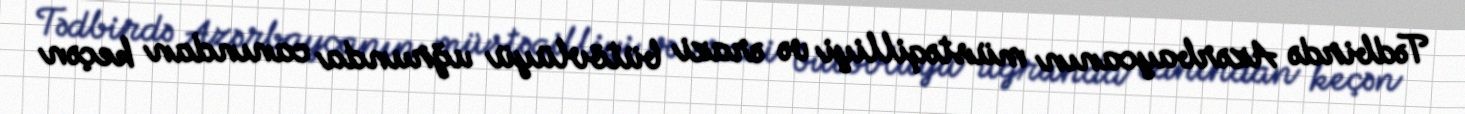
Tədbirdə Azərbaycanın müstəqilliyi və ərazi bütövlüyü uğrunda canından keçən